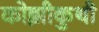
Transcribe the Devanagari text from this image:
कोझीकुथी